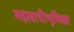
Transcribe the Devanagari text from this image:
महत्वाचीभूमिका